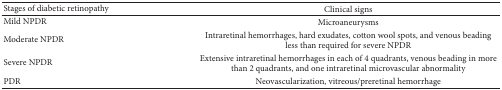
| Stages of diabetic retinopathy | Clinical signs |
 | --- | --- |
 | Mild NPDR | Microaneurysms |
 | Moderate NPDR | Intraretinal hemorrhages, hard exudates, cotton wool spots, and venous beading less than required for severe NPDR |
 | Severe NPDR | Extensive intraretinal hemorrhages in each of 4 quadrants, venous beading in more than 2 quadrants, and one intraretinal microvascular abnormality |
 | PDR | Neovascularization, vitreous/preretinal hemorrhage |